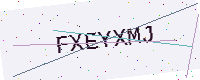
Text: FXEYXMJ